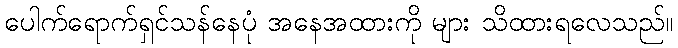
ပေါက်ရောက်ရှင်သန်နေပုံ အနေအထားကို များ သိထားရလေသည်။